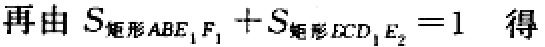
再由 \(S_{矩形ABE_{1}F_{1}} + S_{矩形ECD_{1}E_{2}} = 1\) 得